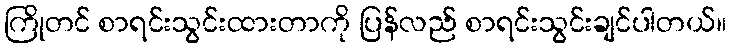
ကြိုတင် စာရင်းသွင်းထားတာကို ပြန်လည် စာရင်းသွင်းချင်ပါတယ်။